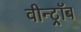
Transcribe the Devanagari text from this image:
वीन्ट्रॉब